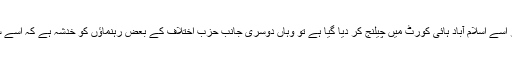
جہاں انسانی حقوق کی ممکنہ خلاف وزی کی بنیاد پر اسے اسلام آباد ہائی کورٹ میں چیلنج کر دیا گیا ہے تو وہاں دوسری جانب حزب اختلاف کے بعض رہنماؤں کو خدشہ ہے کہ اسے سیاسی مقاصد کے لیے بھی استمعال کیا جا سکتا ہے۔